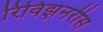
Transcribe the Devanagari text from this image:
रिविझ़नरीस